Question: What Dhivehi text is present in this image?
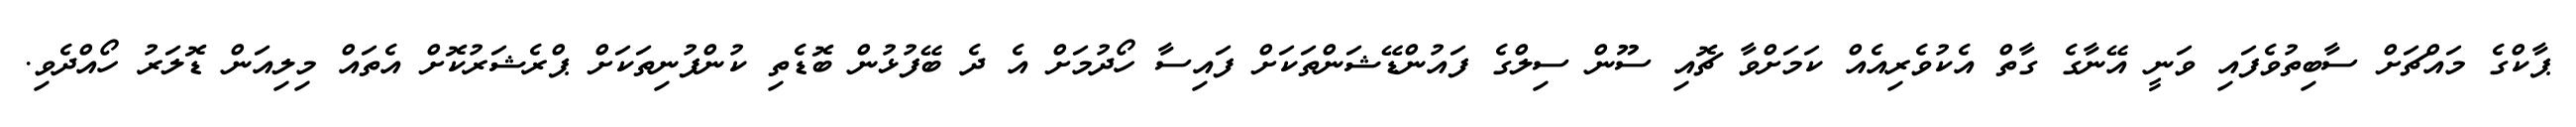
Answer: ޕާކްގެ މައްޗަށް ސާބިތުވެފައި ވަނީ އޭނާގެ ގާތް އެކުވެރިއެއް ކަމަށްވާ ޗޮއި ސޫން ސިލްގެ ފައުންޑޭޝަންތަކަށް ފައިސާ ހޯދުމަށް އެ ދެ ބޭފުޅުން ބޮޑެތި ކުންފުނިތަކަށް ޕްރެޝަރުކޮށް އެތައް މިލިއަން ޑޮލަރު ހޯއްދެވި.